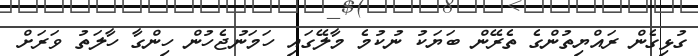
ގުޅިގެން ރައްޔިތުންގެ ތެރޭން ބަޔަކު ނުކުމެ މާލޭގައި ހަމަނުޖެހުން ހިންގާ ހާލަތު ވަރަށް